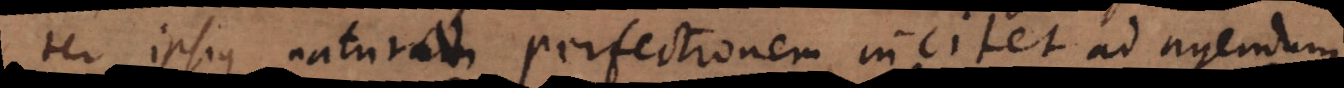
ter ipsius naturam naturae perfectionem incitet ad agendum